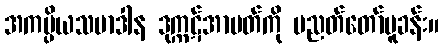
အကပ္ပိယသမာဒါန ဒုက္ကဋ်အာပတ်ကို ပညတ်တော်မူခန်း။